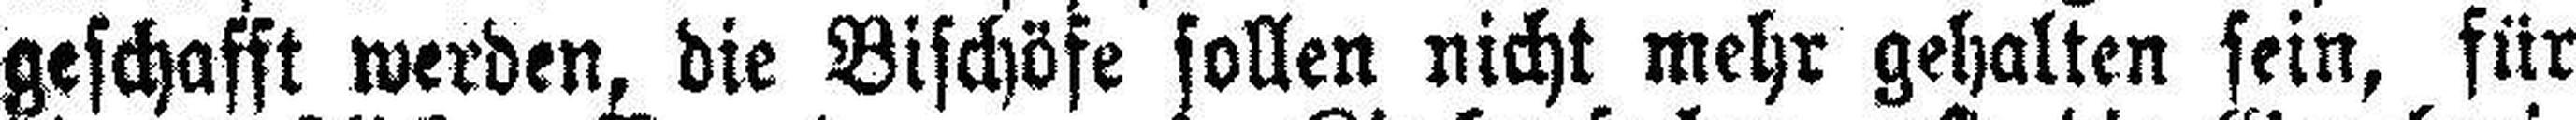
geschafft werden, die Bischöfe sollen nicht mehr gehalten sein, für